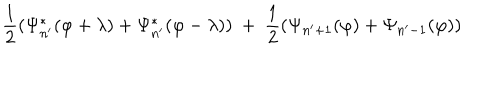
LaTeX: { \frac { 1 } { 2 } } ( \Psi _ { n ^ { \prime } } ^ { * } ( \varphi + \lambda ) + \Psi _ { n ^ { \prime } } ^ { * } ( \varphi - \lambda ) ) \ + \ { \frac { 1 } { 2 } } ( \Psi _ { n ^ { \prime } + 1 } ( \varphi ) + \Psi _ { n ^ { \prime } - 1 } ( \varphi ) )